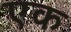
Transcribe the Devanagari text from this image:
एक